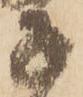
子